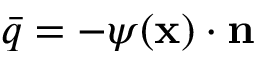
{ \bar { q } } = - { \boldsymbol { \psi } } ( \mathbf { x } ) \cdot \mathbf { n }